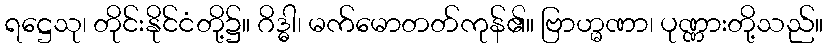
ရဋ္ဌေသု၊ တိုင်းနိုင်ငံတို့၌။ ဂိဒ္ဓါ၊ မက်မောတတ်ကုန်၏။ ဗြာဟ္မဏာ၊ ပုဏ္ဏားတို့သည်။